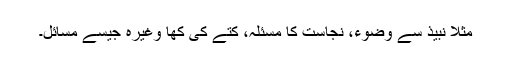
مثلاً نبیذ سے وضوء، نجاست کا مسئلہ، کتے کی کھا وغیرہ جیسے مسائل۔